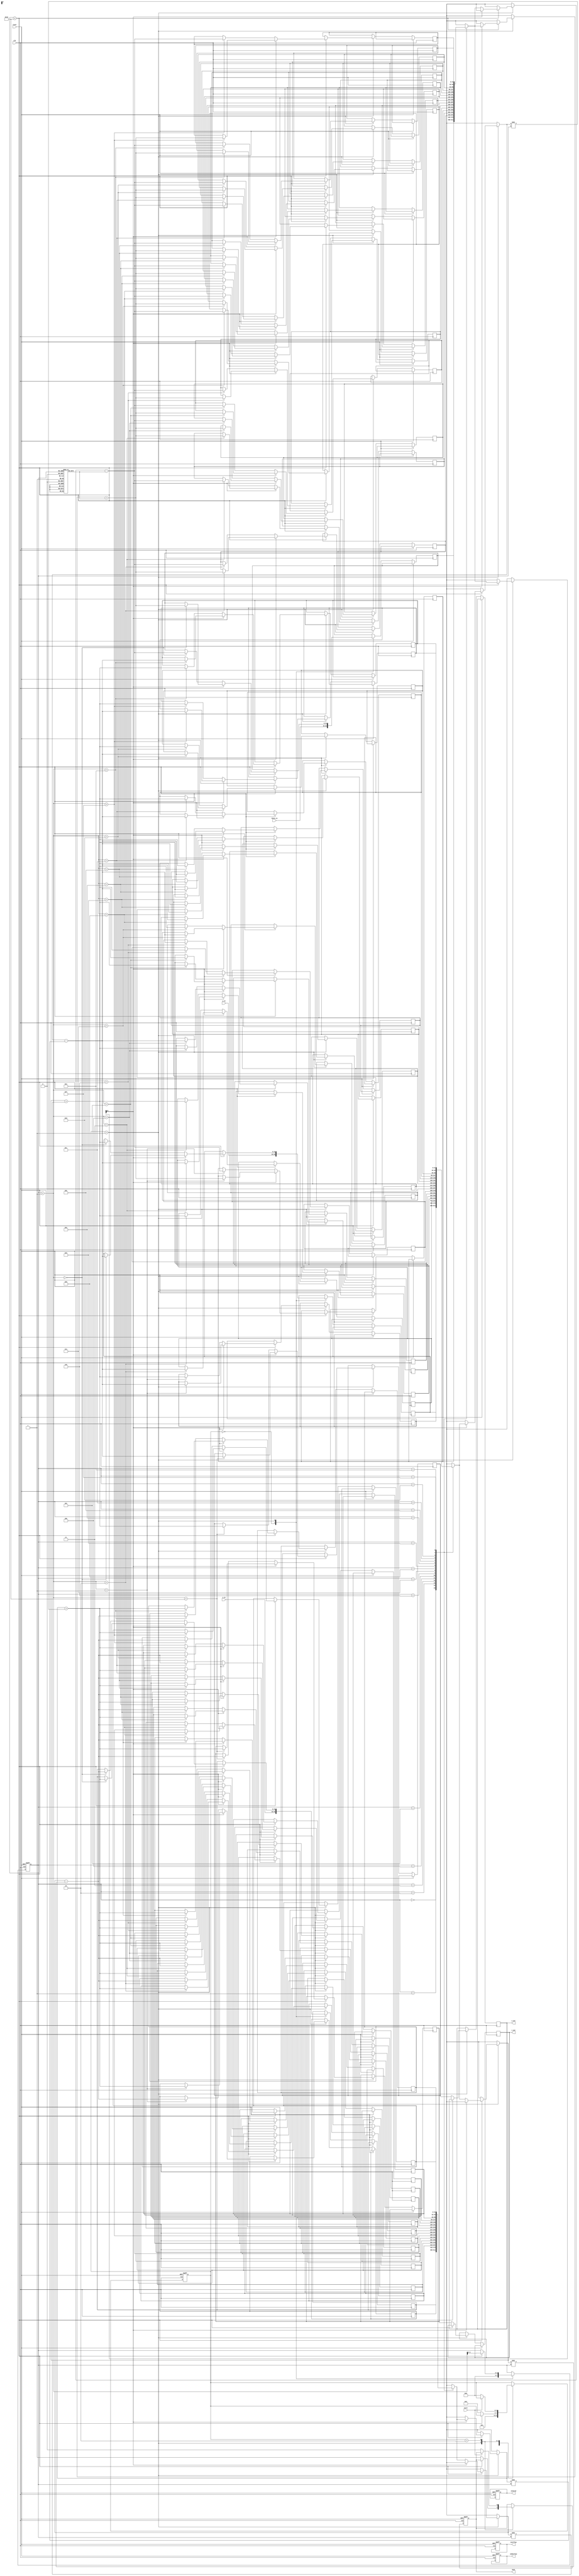
module cordic_fp (
    input wire clk,
    input wire reset,
    input wire start,
    input wire [31:0] x_in,  // IEEE 754 single precision
    input wire [31:0] y_in,  // IEEE 754 single precision
    input wire [31:0] theta_in,  // Angle input in IEEE 754
    output reg [31:0] x_out,  // Output X in IEEE 754
    output reg [31:0] y_out,  // Output Y in IEEE 754
    output reg done,
    output reg overflow,
    output reg underflow,
    output reg invalid
);

    // CORDIC parameters
    parameter NUM_ITERATIONS = 16;
    reg [31:0] angle_lookup [0:NUM_ITERATIONS-1]; // Lookup for arctangent values
    reg [31:0] x [0:NUM_ITERATIONS];  // Intermediate X values
    reg [31:0] y [0:NUM_ITERATIONS];  // Intermediate Y values
    reg [31:0] theta [0:NUM_ITERATIONS]; // Intermediate theta values
    reg [3:0] state;
    reg [3:0] iteration;

    // Initialize lookup table (arctan values in radians * 2^31)
    initial begin
        angle_lookup[0] = 32'h26DD3B6A; // atan(1/2^0)
        angle_lookup[1] = 32'h1DAC6702; // atan(1/2^1)
        angle_lookup[2] = 32'h0FAD0B93; // atan(1/2^2)
        angle_lookup[3] = 32'h07A3D7B2; // atan(1/2^3)
        // Continue initialization...
    end

    // State machine for CORDIC operation
    always @(posedge clk or posedge reset) begin
        if (reset) begin
            state <= 0;
            done <= 0;
            overflow <= 0;
            underflow <= 0;
            invalid <= 0;
            iteration <= 0;
        end else begin
            case (state)
                0: begin // Initialization
                    x[0] <= x_in;
                    y[0] <= y_in;
                    theta[0] <= theta_in;
                    state <= 1;
                    iteration <= 0;
                end
                1: begin // CORDIC Iteration
                    if (iteration < NUM_ITERATIONS) begin
                        // Perform rotation
                        if (theta[iteration][31]) begin // Check sign for direction
                            x[iteration + 1] <= x[iteration] + (y[iteration] >> iteration);
                            y[iteration + 1] <= y[iteration] - (x[iteration] >> iteration);
                            theta[iteration + 1] <= theta[iteration] + angle_lookup[iteration];
                        end else begin
                            x[iteration + 1] <= x[iteration] - (y[iteration] >> iteration);
                            y[iteration + 1] <= y[iteration] + (x[iteration] >> iteration);
                            theta[iteration + 1] <= theta[iteration] - angle_lookup[iteration];
                        end
                        iteration <= iteration + 1;
                    end else begin
                        // Final output
                        x_out <= x[NUM_ITERATIONS];
                        y_out <= y[NUM_ITERATIONS];
                        done <= 1;
                        state <= 2; // Move to done state
                    end
                end
                2: begin // Done state
                    // Reset or wait for new input
                    if (!start) begin
                        done <= 0;
                        state <= 0; // Return to initialization
                    end
                end
            endcase
        end
    end

endmodule